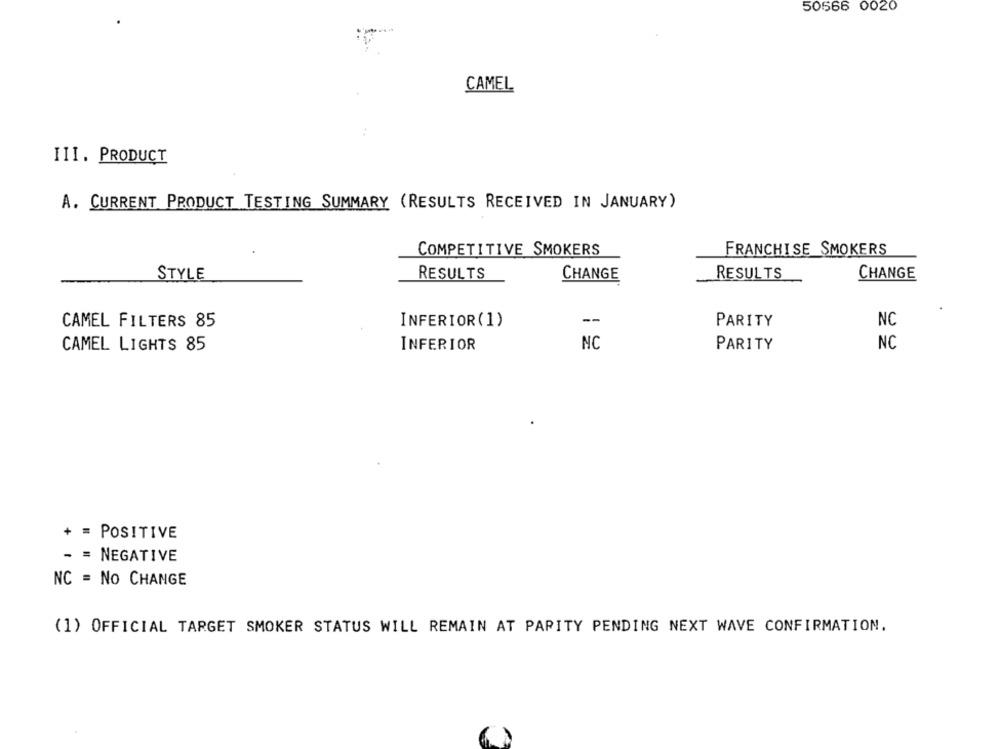
50566 0020
CAMEL
III. PRODUCT
A. CURRENT PRODUCT TESTING SUMMARY (RESULTS RECEIVED IN JANUARY)
COMPETITIVE SMOKERS
FRANCHISE SMOKERS
STYLE
RESULTS
CHANGE
RESULTS
CHANGE
CAMEL FILTERS 85
INFERIOR(1)
--
PARITY
NC
NC
NC
CAMEL LIGHTS 85
INFERIOR
PARITY
+ = POSITIVE
- = NEGATIVE
NC = No CHANGE
(1) OFFICIAL TARGET SMOKER STATUS WILL REMAIN AT PARITY PENDING NEXT WAVE CONFIRMATION.